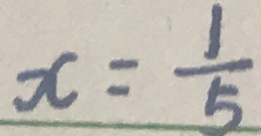
x = \frac { 1 } { 5 }